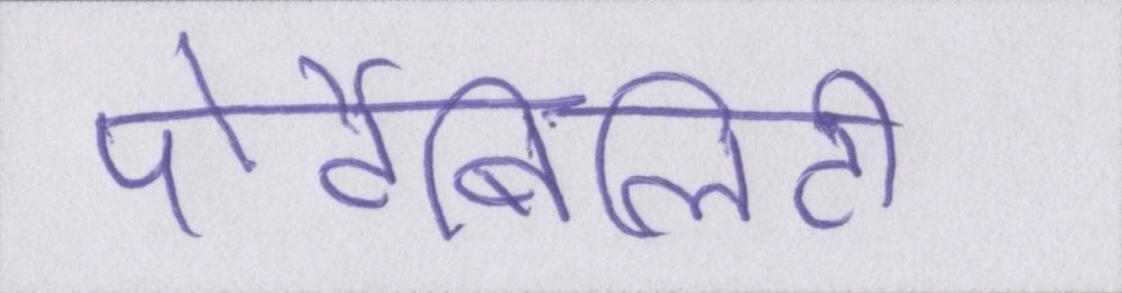
पोर्टेबिलिटी